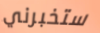
ستخبرني